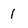
Character: 1